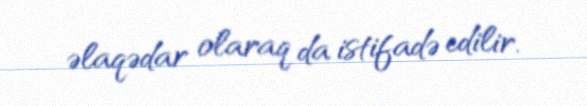
əlaqədar olaraq da istifadə edilir.